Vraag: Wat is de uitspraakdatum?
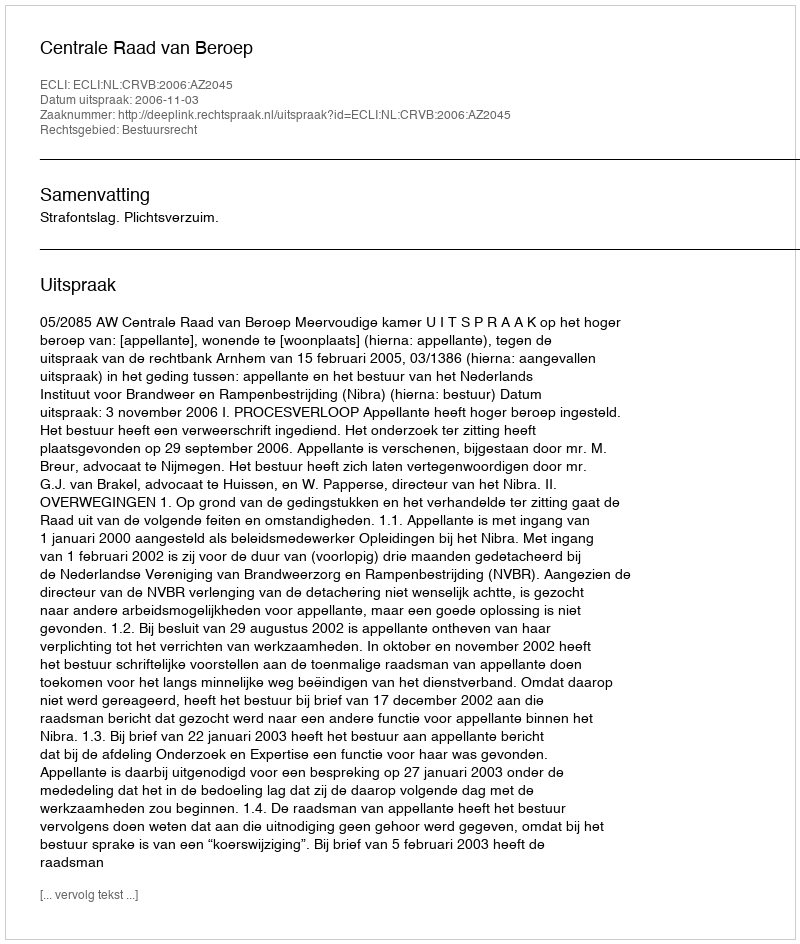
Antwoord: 2006-11-03